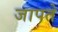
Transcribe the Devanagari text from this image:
जापते